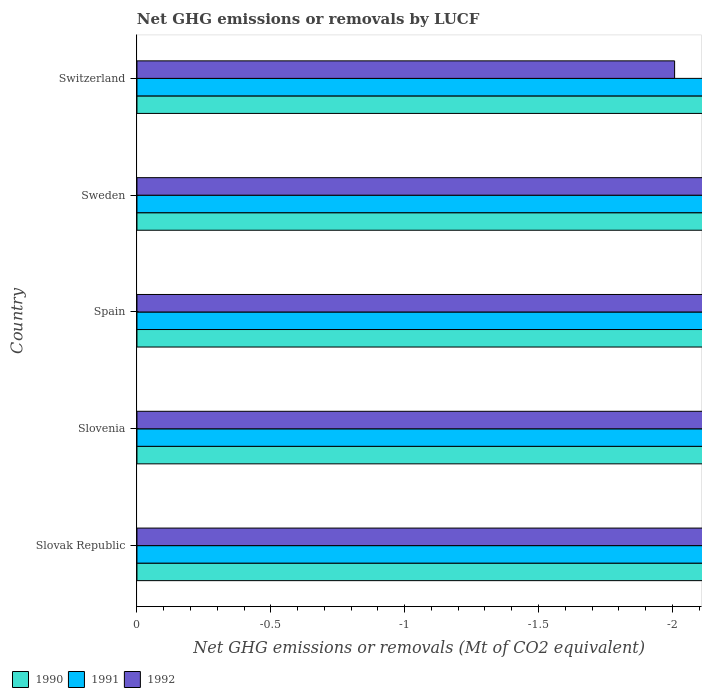
| Country | 1990 | 1991 | 1992 |
 | --- | --- | --- | --- |
 | Slovak Republic | -2.95 | -3.81 | -5.68 |
 | Slovenia | -7.27 | -7.26 | -7.29 |
 | Spain | -19.1 | -18.9 | -17.7 |
 | Sweden | -44.7 | -45.8 | -42.1 |
 | Switzerland | -2.73 | -2.59 | -2.01 |